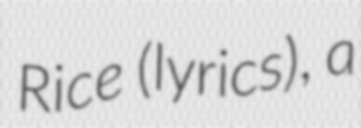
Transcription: Rice (lyrics), a